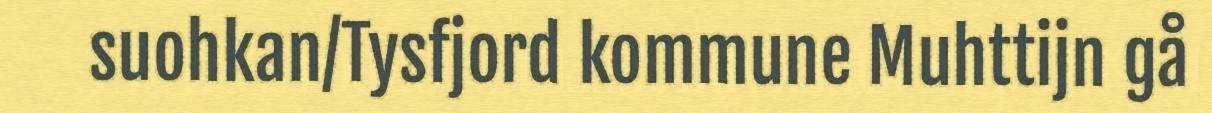
suohkan/Tysfjord kommune Muhttijn gå